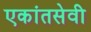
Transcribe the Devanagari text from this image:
एकांतसेवी